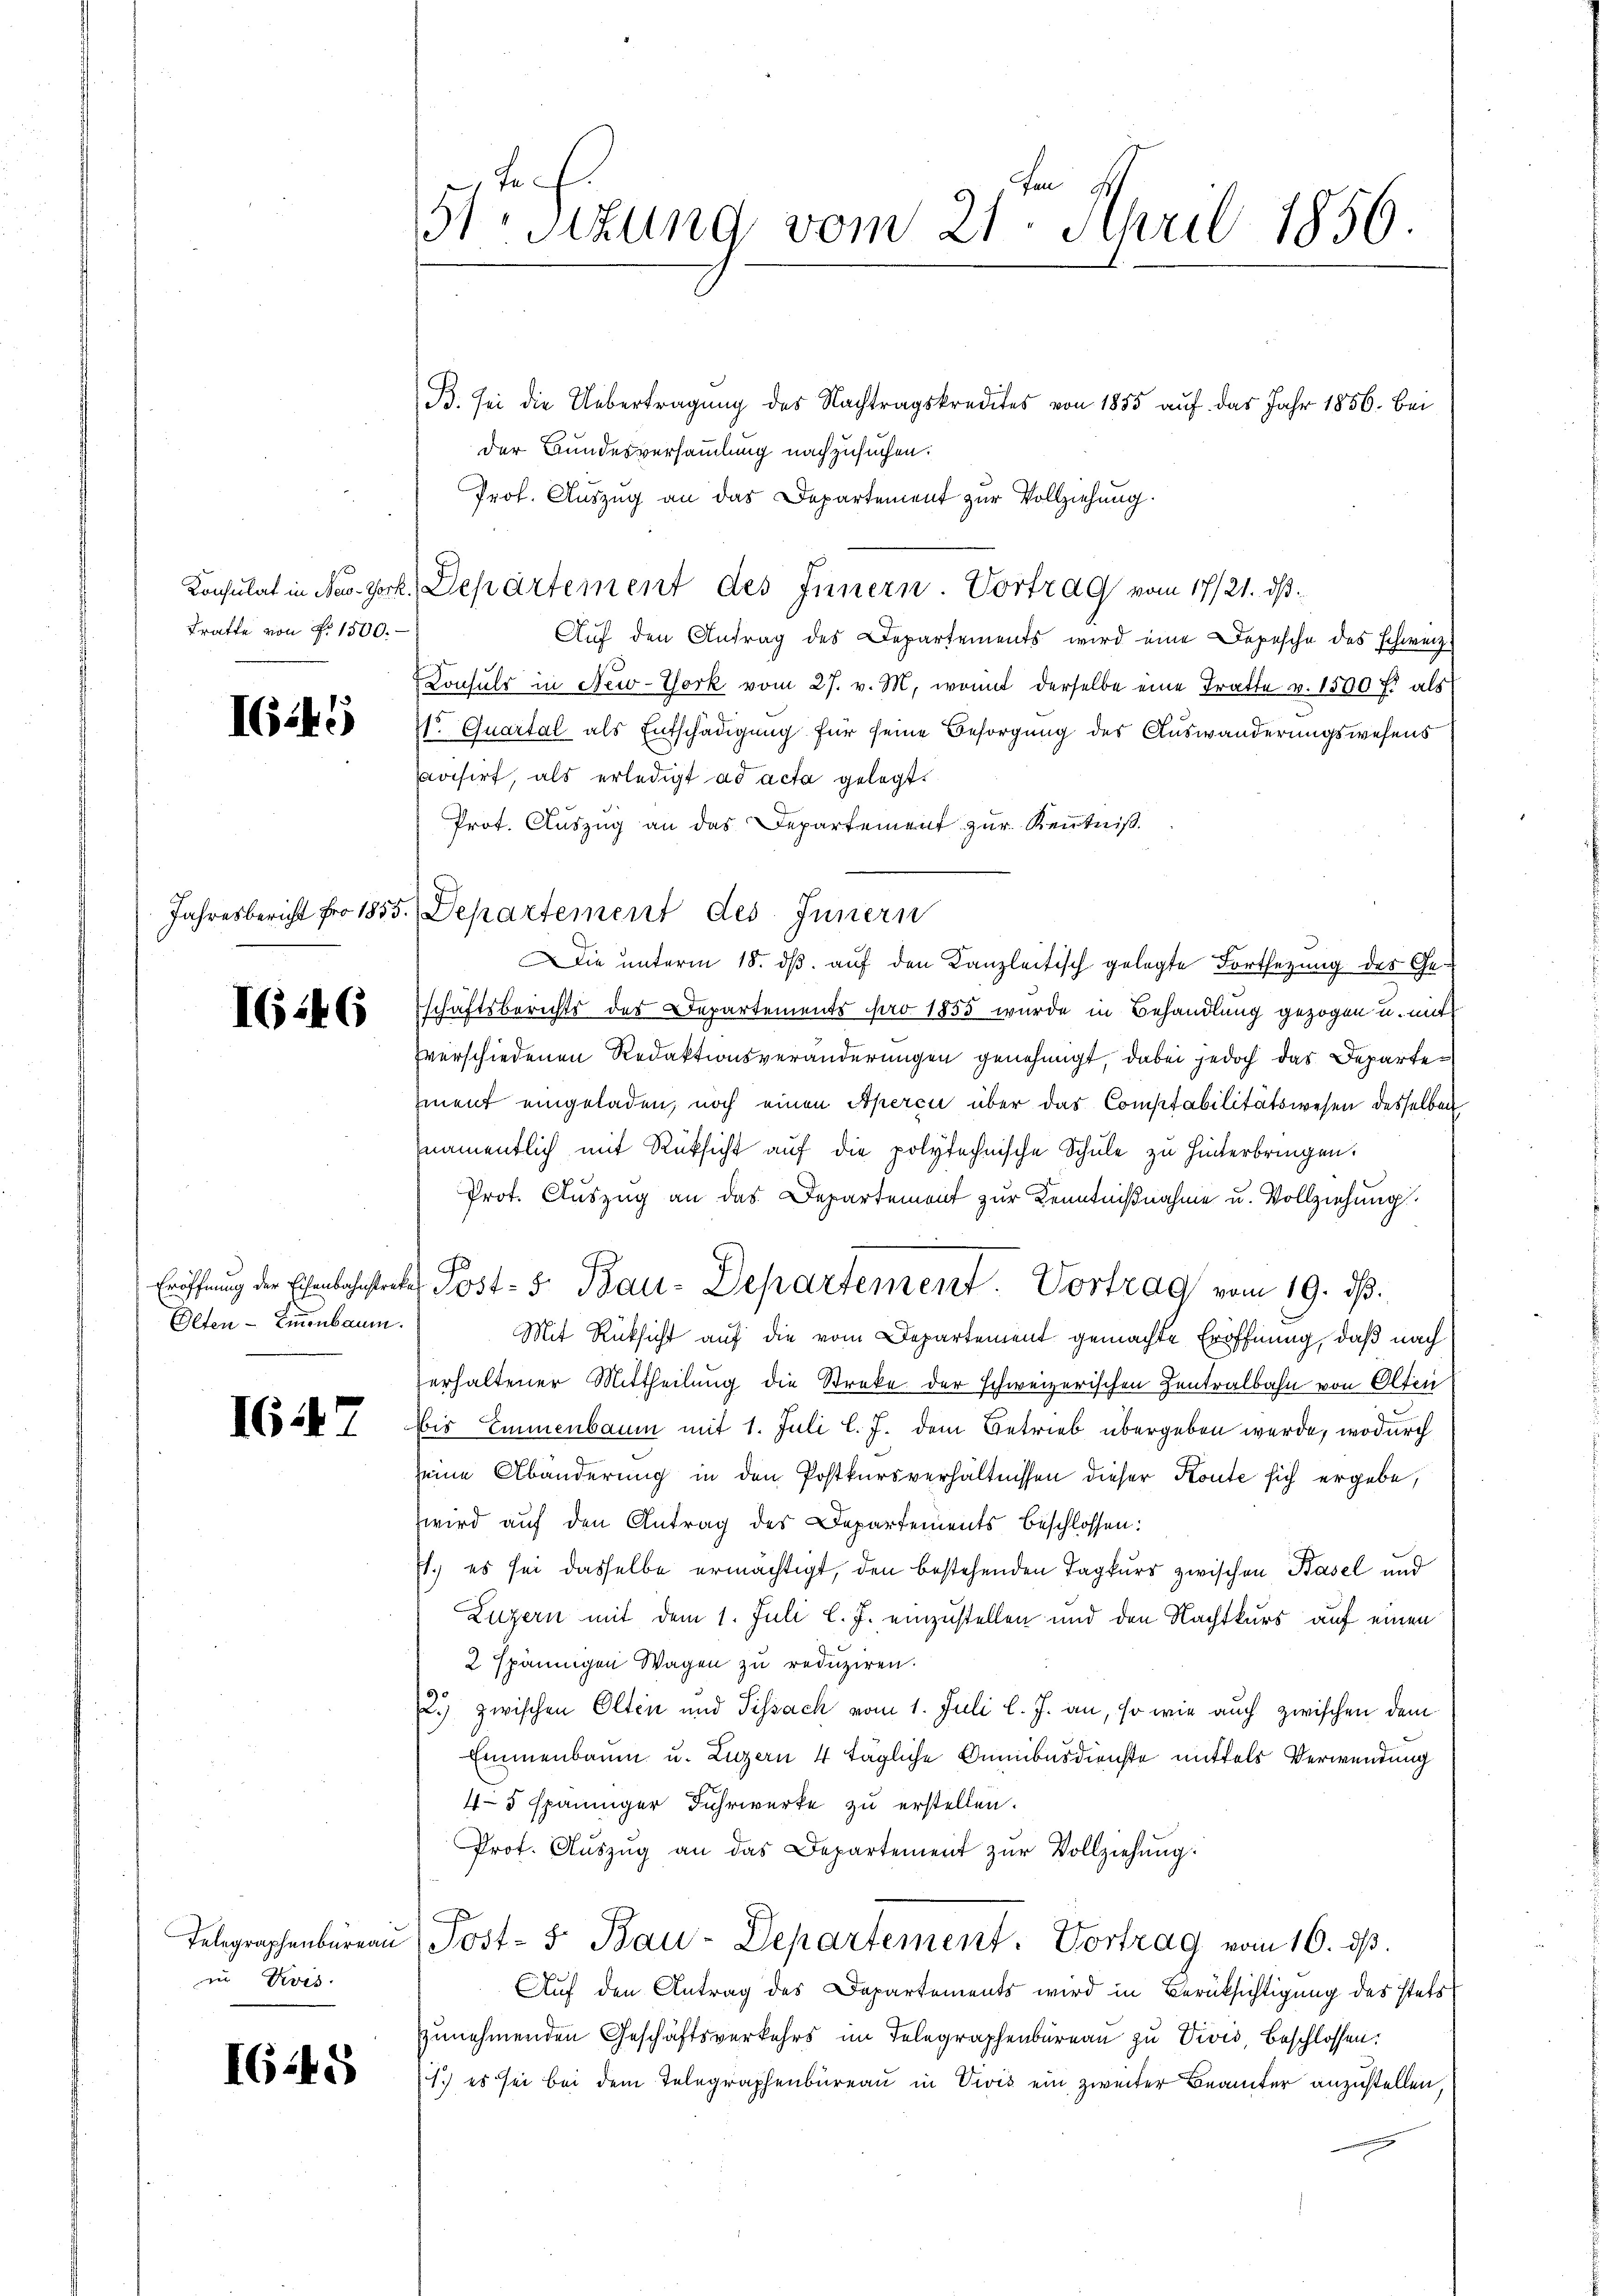
Konsulat in New-York
Tratte von Nr. 1500.

I.45

I246

Eröffnung der Eisenbahnstrak
Olten - Einenbaum.

I647

Telegraphenbureau
i Kvis

I645

51Stzung vom 21. April 1856

B. sei die Uebertragung des Nachtragskredites von 1855 auf das Jahr 1856. Bei
der Bundesversammlung nachzusuchen.
Prof. Auszug an das Departement zur Vollziehung.
Departement des Innern. Vortrag vom 17/21. ds.
Auf den Antrag des Departements wird eine Depesche des Schweiz
Consuls in New-York vom 27. v. M. womit derselbe eine Tratte v. 1500 fl als
1o. Quartal als Entschädigung für seine Besorgung des Auswanderungswesens
voisirt, als erledigt ad acta gelegt.
Prof. Auszug an das Departement zur Kenntniß.
ie unterm 18. dβ. auf den Kanzleitisch gelegte Fortsetzung des Ge-
schäftsberichts des Departements pro 1855 wurde in Behandlung gezogen u. mit
verschiedenen Redaktionsveränderungen genehmigt, dabei jedoch das Departement eingeladen, noch einen Apercii über das Comptabilitätswesen desselben
namentlich mit Rüksicht auf die polytechnische Schule zu hinterbringen.
Prot. Auszug an das Departemont zur Kenntnißnahme u. Vollziehung.
Post- 5. Bau-Departement. Vortrag vom 19. ds.
Mit Rücksicht auf die vom Departement gemachte Eröffnung, daß nach
erhaltener Mittheilung die Streke der schweizerischen Zentralbahn von Olten
bis Emmenbaum mit 1. Juli l. J. dem Betrieb übergeben werde, wodurch
seine Abänderung in den Postkursverhältnissen dieser Konte sich ergebe,
wird auf den Antrag des Departements beschlossen:
s.) es sei dasselbe ermächtigt, den bestehenden Tagkurs zwischen Basel und
Luzern mit dem 1. Juli l. J. einzustellen und den Nachtkurs auf einen
2 spännigen Wagen zu reduziren.
2.) zwischen Olten und Sissach vom 1. Juli l. J. an, so wie auch zwischen dem
Emmenbaum u. Luzern 4 tägliche Omnibusdienste mittels Verwendung
4-5 spanniger Fuhrwerfe zu erstellen.
Prot. Aŭszŭg an das Departement zŭr Vollziehung:
Post- 5. Bau-Departement. Vortrag vom 16. ds.
Auf den Antrag des Departements wird in Berüksichtigung des stets
zunehmenden Geschäftsverkehrs im Telegraphenbureau zu Vivić beschlossen:
1.) es sei bei dem Telegraphenbureau in Vivis ein zweiter Beamter anzustellen

Jahresbericht für 1855. Departement des Innern